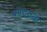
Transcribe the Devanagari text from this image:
बपटतला